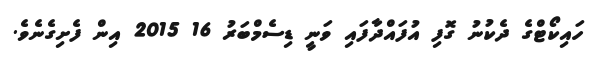
ހައިކޯޓްގެ ދެކުނު ގޮފި އުފައްދާފައި ވަނީ ޑިސެމްބަރު 16 2015 އިން ފެށިގެނެވެ.